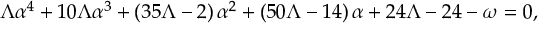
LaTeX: \Lambda \alpha ^ { 4 } + 1 0 \Lambda \alpha ^ { 3 } + \left( 3 5 \Lambda - 2 \right) \alpha ^ { 2 } + \left( 5 0 \Lambda - 1 4 \right) \alpha + 2 4 \Lambda - 2 4 - \omega = 0 ,